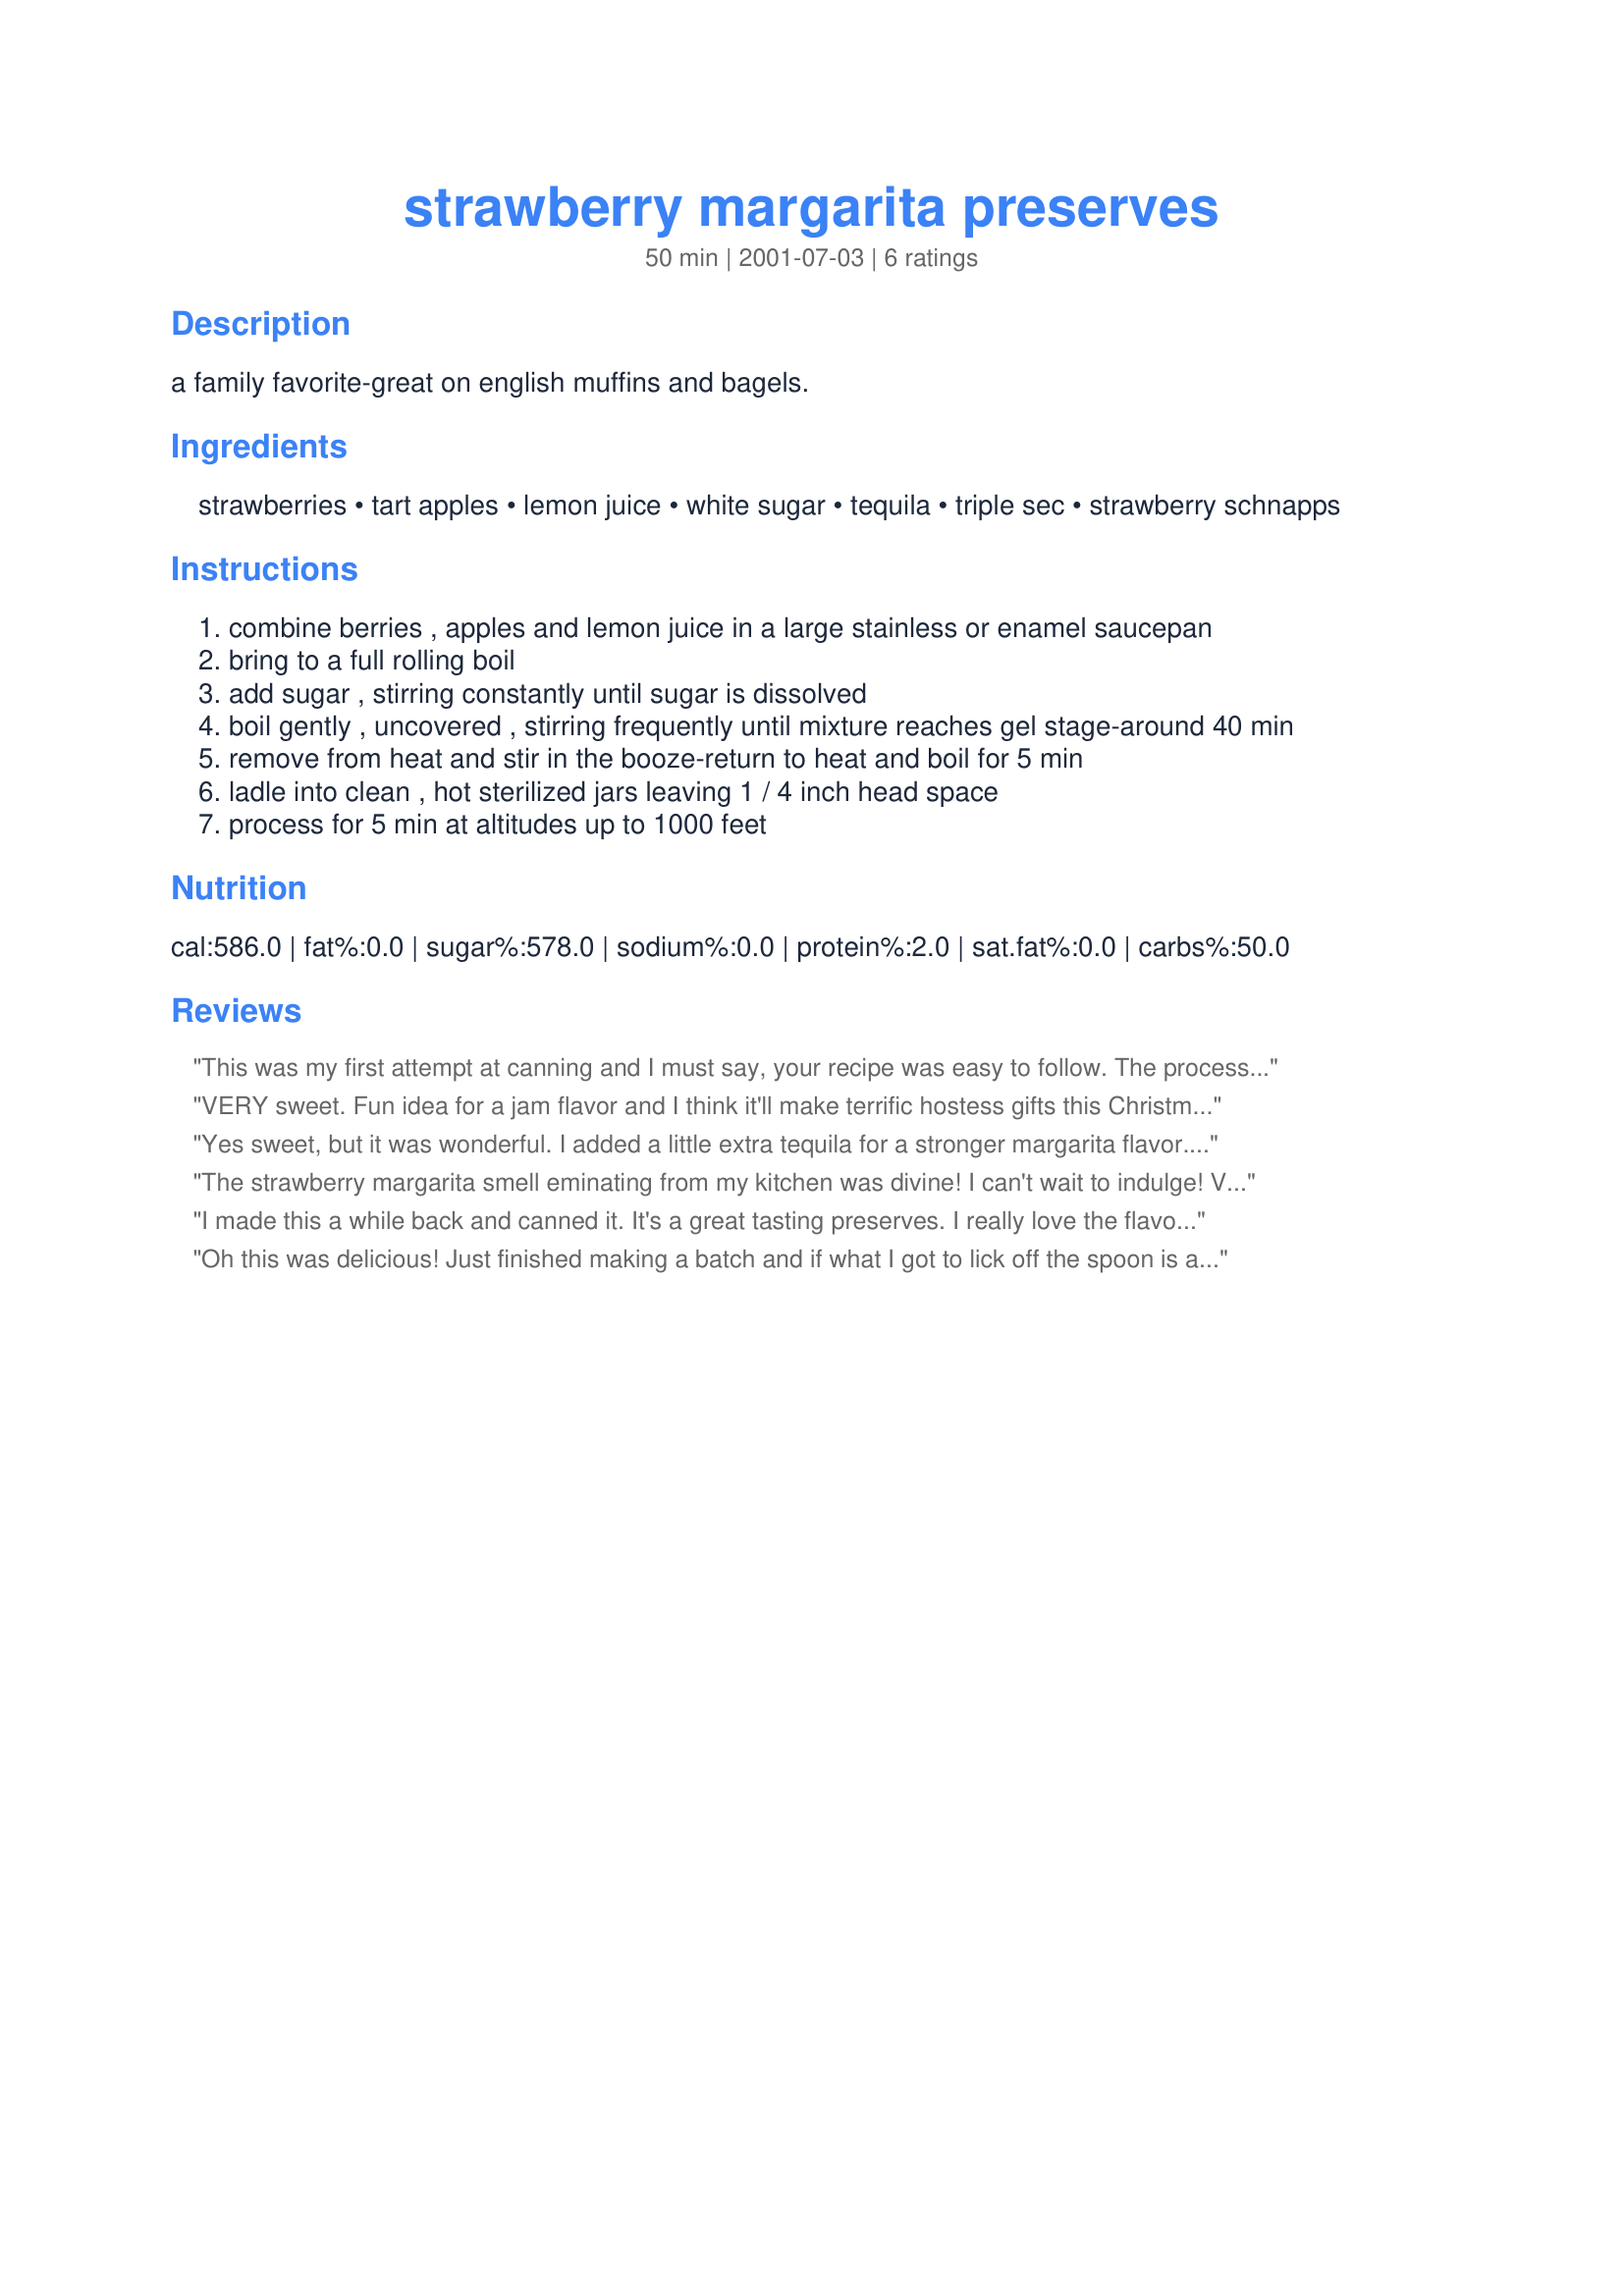
strawberry margarita preserves
Preparation time: 50 minutes

a family favorite-great on english muffins and bagels.

Ingredients:
strawberries, tart apples, lemon juice, white sugar, tequila, triple sec, strawberry schnapps

Steps:
combine berries , apples and lemon juice in a large stainless or enamel saucepan
bring to a full rolling boil
add sugar , stirring constantly until sugar is dissolved
boil gently , uncovered , stirring frequently until mixture reaches gel stage-around 40 min
remove from heat and stir in the booze-return to heat and boil for 5 min
ladle into clean , hot sterilized jars leaving 1 / 4 inch head space
process for 5 min at altitudes up to 1000 feet

Reviews:
This was my first attempt at canning and I must say, your recipe was easy to follow. The process also made my entire house smell so wonderful! I brought in some fresh bagels and a jar of the preserves to work and everyone loved the taste and wanted the recipe. This one is a MUST in my canning recipe file!
VERY sweet. Fun idea for a jam flavor and I think it'll make terrific hostess gifts this Christmas. Thanks for posting the recipe.
Yes sweet, but it was wonderful. I added a little extra tequila for a stronger margarita flavor. Excellent on bagles with cream cheese. Tones down the sweetness a bit. Next time I will use a little less sugar.
The strawberry margarita smell eminating from my kitchen was divine! I can't wait to indulge! 

Very easy recipe to make...very pretty in canning jars. 

Yes! A great hostess/Christmas gift idea!
I made this a while back and canned it. It's a great tasting preserves. I really love the flavors. Thanks so much for sharing!
Oh this was delicious! Just finished making a batch and if what I got to lick off the spoon is any indication this jam will not last long. I am always on the look out for unique jams and nooone I have talked to have ever heard of this kind! Thanks for making me look so good.<br/>July 2011: I have made this several times now but have always used chamborg instead of the strawberry schnapps because I didn't want to buy a big bottle for two teaspoons. Always works great. This time I tried replacing the strawberries with raspberries and what a yummy success!!!!! Thanks again.
